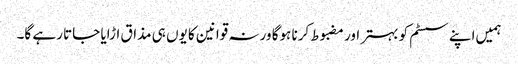
ہمیں‌اپنے سسٹم کو بہتر اور مضبوط کرنا ہوگا ورنہ قوانین کا یوں ہی مذاق اڑایا جاتا رہے گا۔